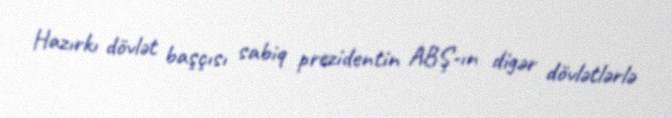
Hazırkı dövlət başçısı sabiq prezidentin ABŞ-ın digər dövlətlərlə